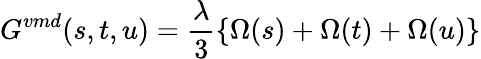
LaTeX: G^{vmd}(s,t,u)=\frac{\lambda}{3}\{ \Omega(s)+\Omega(t)+\Omega(u)\}